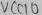
Text: VCC10